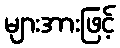
များအားဖြင့်